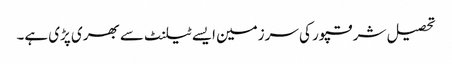
تحصیل شرقپور کی سرزمین ایسے ٹیلنٹ سے بھری پڑی ہے۔